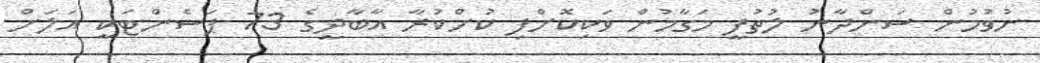
ނުވުމުން ސަންދާނު ލުތުފީ މަގާމުން ވަކިކޮށްފި ކުށްކުރާ އާބާދީގެ 73 ޕަސެންޓަކީ އަލަށް